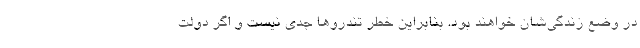
در وضع زندگی‌شان خواهند بود. بنابراین خطر تندروها جدی نیست و اگر دولت